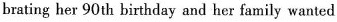
brating her 90th birthday and her family wanted